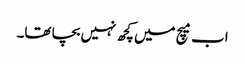
اب میچ میں کچھ نہیں بچا تھا۔